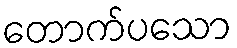
တောက်ပသော